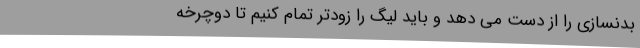
بدنسازی را از دست می دهد و باید لیگ را زودتر تمام کنیم تا دوچرخه